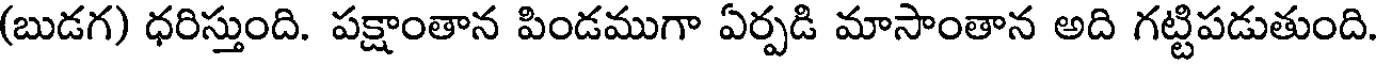
(బుడగ) ధరిస్తుంది. పక్షాంతాన పిండముగా ఏర్పడి మాసాంతాన అది గట్టిపడుతుంది.